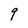
Character: 9